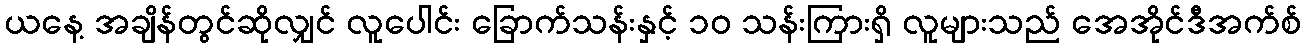
ယနေ့ အချိန်တွင်ဆိုလျှင် လူပေါင်း ခြောက်သန်းနှင့် ၁၀ သန်းကြားရှိ လူများသည် အေအိုင်ဒီအက်စ်